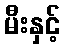
မီးနှင့်